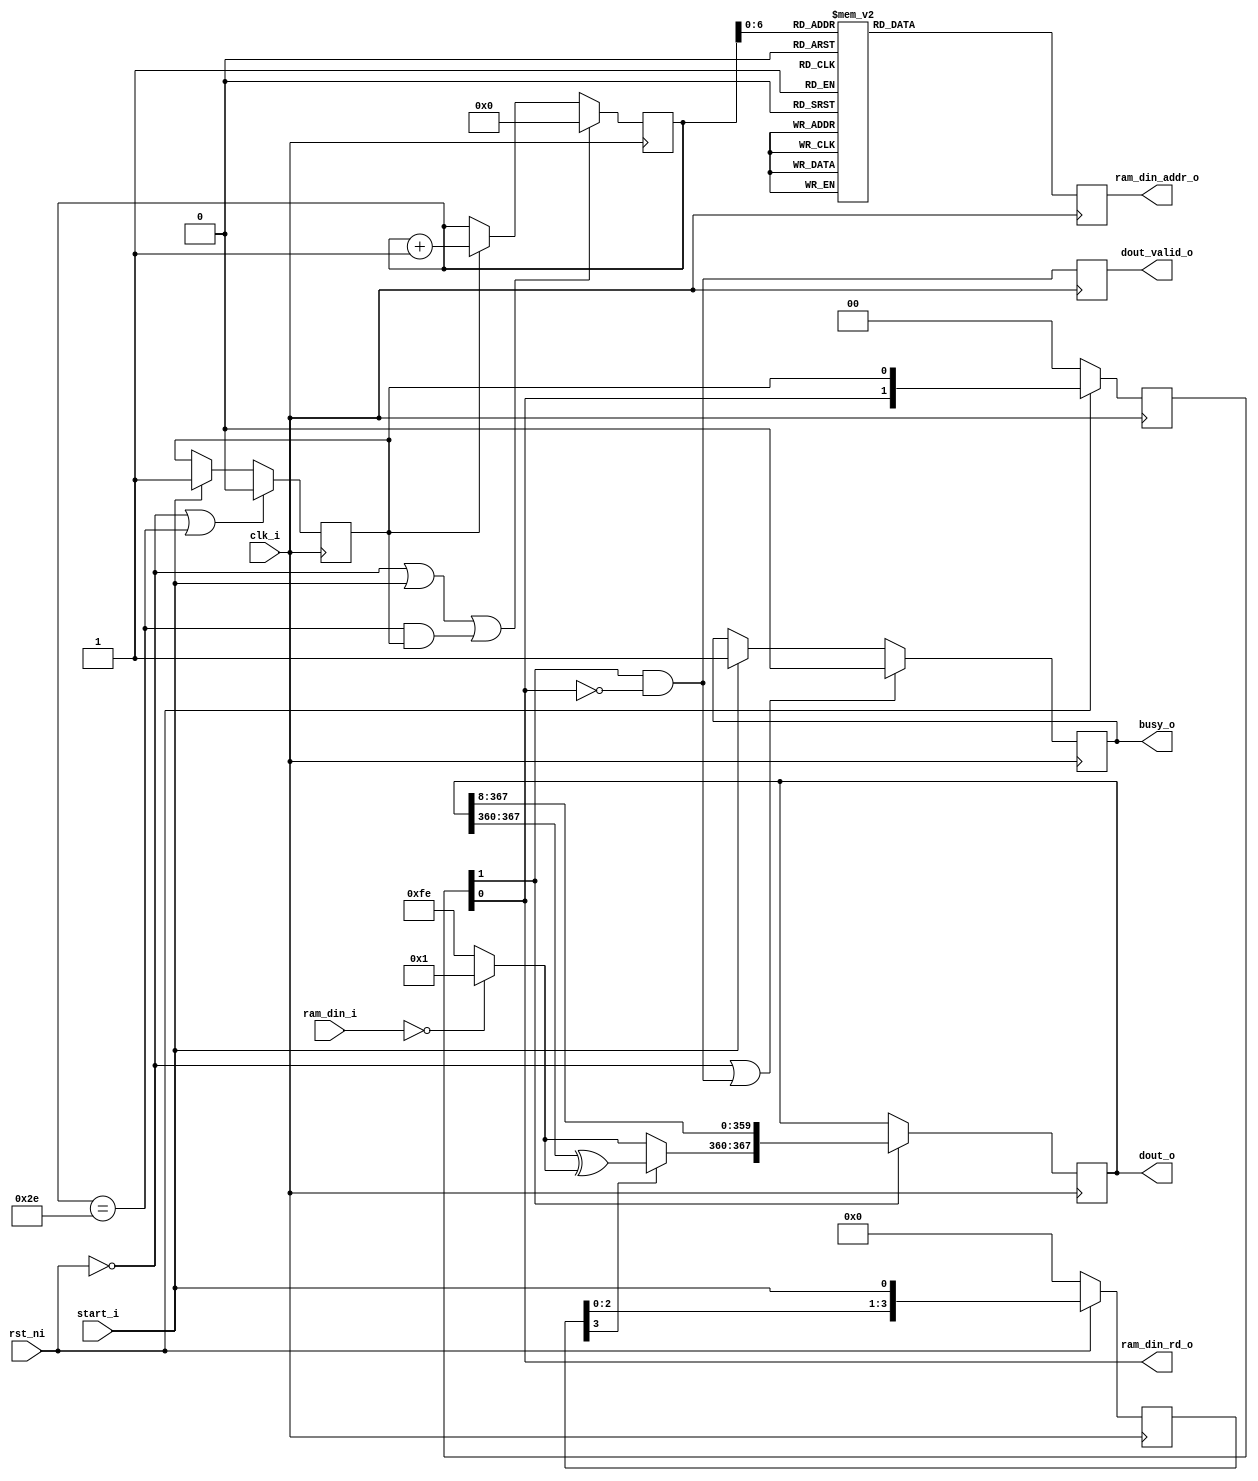
module fft_retrieve_error_poly #(

    parameter PARAM_SECURITY = 128,
    parameter PARAM_N1       = (PARAM_SECURITY == 128)? 46:
                               (PARAM_SECURITY == 192)? 56:
                               (PARAM_SECURITY == 256)? 90 : 46,
    parameter IN_AW          = 8,
    parameter IN_DW          = 8,
    parameter DOUT_W         = 8*PARAM_N1
    )(
    input                   clk_i,
    input                   rst_ni,
    input                   start_i,
    output                  busy_o,

    //Input RAM
    input   [IN_DW-1:0]     ram_din_i,
    output                  ram_din_rd_o,
    output  [IN_AW-1:0]     ram_din_addr_o,

    output  [DOUT_W-1:0]    dout_o, //error
    output                  dout_valid_o
    );

reg     [DOUT_W-1:0]    error_buf;
wire    [IN_DW-1:0]     error_data, error_temp;

reg     [7:0]   addr;
reg     [7:0]   cnt;
wire            last_cnt;
reg     [3:0]   start_d;
reg     [2:0]   cnt_en_d;
reg             cnt_en, busy, dout_valid;


//error = = {e[N1-1],e[N-2],...,e[1],e[0]} with e[i] in byte
always @(posedge clk_i)
if(cnt_en_d[1])
  error_buf <= {error_data, error_buf[DOUT_W-1:8]};

assign dout_o = error_buf;

assign error_temp = ram_din_i==0? 8'h0000_0001 : 8'b1111_1110;
assign error_data = start_d[3]? error_buf[DOUT_W-1 -:8] ^ error_temp : error_temp;

//------------------------------------------------------------------------------
//Controller
//Input Counter
always @(posedge clk_i)
if(~rst_ni | cnt_en_d[1] & ~cnt_en_d[0])
  busy <= 0;
else if(start_i)
  busy <= 1;

assign busy_o = busy;

always @(posedge clk_i)
if(~rst_ni | start_i | last_cnt & cnt_en)
  cnt <= 0;
else if(cnt_en)
  cnt <= cnt + 1;

assign last_cnt = (cnt==(PARAM_N1));

always @(posedge clk_i)
if(~rst_ni | last_cnt)
  cnt_en <= 0;
else if(start_i)
  cnt_en <= 1;

always @(posedge clk_i)
if(~rst_ni)
  cnt_en_d <= 0;
else
  cnt_en_d <= {cnt_en_d[2:0], cnt_en};

assign ram_din_rd_o   = cnt_en_d[0];
assign ram_din_addr_o = addr;

always @(posedge clk_i)
if(~rst_ni)
  start_d <= 0;
else
  start_d <= {start_d[2:0], start_i};

always @(posedge clk_i)
  dout_valid <= cnt_en_d[1] & ~cnt_en_d[0];

assign dout_valid_o = dout_valid;


//Address ROM

always @(posedge clk_i)
  case(cnt[6:0])
  0  : addr <= 0  ; 1  : addr <= 128; 2  : addr <= 113; 3  : addr <= 226;
  4  : addr <= 181; 5  : addr <= 27 ; 6  : addr <= 54 ; 7  : addr <= 108;
  8  : addr <= 216; 9  : addr <= 193; 10 : addr <= 243; 11 : addr <= 151;
  12 : addr <= 95 ; 13 : addr <= 190; 14 : addr <= 13 ; 15 : addr <= 26 ;
  16 : addr <= 52 ; 17 : addr <= 104; 18 : addr <= 208; 19 : addr <= 209;
  20 : addr <= 211; 21 : addr <= 215; 22 : addr <= 223; 23 : addr <= 207;
  24 : addr <= 239; 25 : addr <= 175; 26 : addr <= 47 ; 27 : addr <= 94 ;
  28 : addr <= 188; 29 : addr <= 9  ; 30 : addr <= 18 ; 31 : addr <= 36 ;
  32 : addr <= 72 ; 33 : addr <= 144; 34 : addr <= 81 ; 35 : addr <= 162;
  36 : addr <= 53 ; 37 : addr <= 106; 38 : addr <= 212; 39 : addr <= 217;
  40 : addr <= 195; 41 : addr <= 247; 42 : addr <= 159; 43 : addr <= 79 ;
  44 : addr <= 158; 45 : addr <= 77 ; 46 : addr <= 154; 47 : addr <= 69 ;
  48 : addr <= 138; 49 : addr <= 101; 50 : addr <= 202; 51 : addr <= 229;
  52 : addr <= 187; 53 : addr <= 7  ; 54 : addr <= 14 ; 55 : addr <= 28 ;
  56 : addr <= 56 ; 57 : addr <= 112; 58 : addr <= 224; 59 : addr <= 177;
  60 : addr <= 19 ; 61 : addr <= 38 ; 62 : addr <= 76 ; 63 : addr <= 152;
  64 : addr <= 65 ; 65 : addr <= 130; 66 : addr <= 117; 67 : addr <= 234;
  68 : addr <= 165; 69 : addr <= 59 ; 70 : addr <= 118; 71 : addr <= 236;
  72 : addr <= 169; 73 : addr <= 35 ; 74 : addr <= 70 ; 75 : addr <= 140;
  76 : addr <= 105; 77 : addr <= 210; 78 : addr <= 213; 79 : addr <= 219;
  80 : addr <= 199; 81 : addr <= 255; 82 : addr <= 143; 83 : addr <= 111;
  84 : addr <= 222; 85 : addr <= 205; 86 : addr <= 235; 87 : addr <= 167;
  88 : addr <= 63 ; 89 : addr <= 126; 90 : addr <= 252; 91 : addr <= 137;
  92 : addr <= 99 ; 93 : addr <= 198; 94 : addr <= 253; 95 : addr <= 139;
  96 : addr <= 103; 97 : addr <= 206; 98 : addr <= 237; 99 : addr <= 171;
  100: addr <= 39 ; 101: addr <= 78 ; 102: addr <= 156; 103: addr <= 73 ;
  104: addr <= 146; 105: addr <= 85 ; 106: addr <= 170; 107: addr <= 37 ;
  108: addr <= 74 ; 109: addr <= 148; 110: addr <= 89 ; 111: addr <= 178;
  112: addr <= 21 ; 113: addr <= 42 ; 114: addr <= 84 ; 115: addr <= 168;
  116: addr <= 33 ; 117: addr <= 66 ; 118: addr <= 132; 119: addr <= 121;
  120: addr <= 242; 121: addr <= 149; 122: addr <= 91 ; 123: addr <= 182;
  124: addr <= 29 ; 125: addr <= 58 ; 126: addr <= 116; 127: addr <= 232;
  // 128: addr <= 161; 129: addr <= 51 ; 130: addr <= 102; 131: addr <= 204;
  // 132: addr <= 233; 133: addr <= 163; 134: addr <= 55 ; 135: addr <= 110;
  // 136: addr <= 220; 137: addr <= 201; 138: addr <= 227; 139: addr <= 183;
  // 140: addr <= 31 ; 141: addr <= 62 ; 142: addr <= 124; 143: addr <= 248;
  // 144: addr <= 129; 145: addr <= 115; 146: addr <= 230; 147: addr <= 189;
  // 148: addr <= 11 ; 149: addr <= 22 ; 150: addr <= 44 ; 151: addr <= 88 ;
  // 152: addr <= 176; 153: addr <= 17 ; 154: addr <= 34 ; 155: addr <= 68 ;
  // 156: addr <= 136; 157: addr <= 97 ; 158: addr <= 194; 159: addr <= 245;
  // 160: addr <= 155; 161: addr <= 71 ; 162: addr <= 142; 163: addr <= 109;
  // 164: addr <= 218; 165: addr <= 197; 166: addr <= 251; 167: addr <= 135;
  // 168: addr <= 127; 169: addr <= 254; 170: addr <= 141; 171: addr <= 107;
  // 172: addr <= 214; 173: addr <= 221; 174: addr <= 203; 175: addr <= 231;
  // 176: addr <= 191; 177: addr <= 15 ; 178: addr <= 30 ; 179: addr <= 60 ;
  // 180: addr <= 120; 181: addr <= 240; 182: addr <= 145; 183: addr <= 83 ;
  // 184: addr <= 166; 185: addr <= 61 ; 186: addr <= 122; 187: addr <= 244;
  // 188: addr <= 153; 189: addr <= 67 ; 190: addr <= 134; 191: addr <= 125;
  // 192: addr <= 250; 193: addr <= 133; 194: addr <= 123; 195: addr <= 246;
  // 196: addr <= 157; 197: addr <= 75 ; 198: addr <= 150; 199: addr <= 93 ;
  // 200: addr <= 186; 201: addr <= 5  ; 202: addr <= 10 ; 203: addr <= 20 ;
  // 204: addr <= 40 ; 205: addr <= 80 ; 206: addr <= 160; 207: addr <= 49 ;
  // 208: addr <= 98 ; 209: addr <= 196; 210: addr <= 249; 211: addr <= 131;
  // 212: addr <= 119; 213: addr <= 238; 214: addr <= 173; 215: addr <= 43 ;
  // 216: addr <= 86 ; 217: addr <= 172; 218: addr <= 41 ; 219: addr <= 82 ;
  // 220: addr <= 164; 221: addr <= 57 ; 222: addr <= 114; 223: addr <= 228;
  // 224: addr <= 185; 225: addr <= 3  ; 226: addr <= 6  ; 227: addr <= 12 ;
  // 228: addr <= 24 ; 229: addr <= 48 ; 230: addr <= 96 ; 231: addr <= 192;
  // 232: addr <= 241; 233: addr <= 147; 234: addr <= 87 ; 235: addr <= 174;
  // 236: addr <= 45 ; 237: addr <= 90 ; 238: addr <= 180; 239: addr <= 25 ;
  // 240: addr <= 50 ; 241: addr <= 100; 242: addr <= 200; 243: addr <= 225;
  // 244: addr <= 179; 245: addr <= 23 ; 246: addr <= 46 ; 247: addr <= 92 ;
  // 248: addr <= 184; 249: addr <= 1  ; 250: addr <= 2  ; 251: addr <= 4  ;
  // 252: addr <= 8  ; 253: addr <= 16 ; 254: addr <= 32 ; 255: addr <= 64 ;
  default : addr <= 0;
  endcase

endmodule